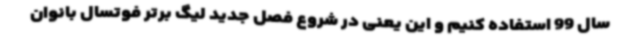
سال 99 استفاده کنیم و این یعنی در شروع فصل جدید لیگ برتر فوتسال بانوان